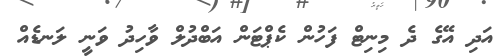
އަދި އޭގެ ދެ މިނިޓް ފަހުން ކެޕްޓަން އަބްދުލް ވާހިދު ވަނީ ލަނޑެއް